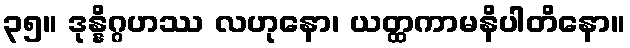
၃၅။ ဒုန္နိဂ္ဂဟဿ လဟုနော၊ ယတ္ထကာမနိပါတိနော။